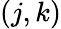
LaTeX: (j,k)